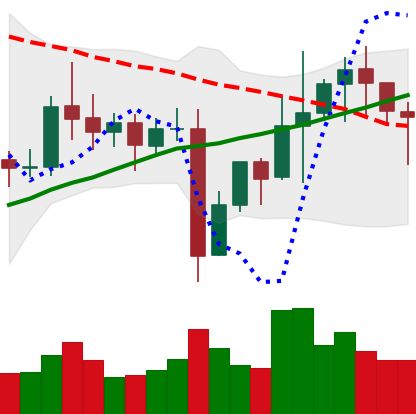
Ticker: NEO-USD
Chart end date: 2021-11-06
Forward return: 8.151%
Label: up_7plus